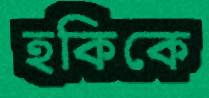
হকিকে